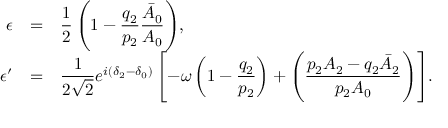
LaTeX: \begin{array} { r c l } { { \epsilon } } & { { = } } & { { \displaystyle { \frac { 1 } { 2 } \left( 1 - \frac { q _ { 2 } } { p _ { 2 } } \frac { \bar { A } _ { 0 } } { A _ { 0 } } \right) } , } } \\ { { \epsilon ^ { \prime } } } & { { = } } & { { \displaystyle { \frac { 1 } { 2 \sqrt { 2 } } e ^ { i ( \delta _ { 2 } - \delta _ { 0 } ) } \left[ - \omega \left( 1 - \frac { q _ { 2 } } { p _ { 2 } } \right) + \left( \frac { p _ { 2 } A _ { 2 } - q _ { 2 } \bar { A } _ { 2 } } { p _ { 2 } A _ { 0 } } \right) \right] } . } } \end{array}